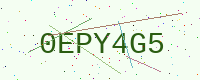
Text: 0EPY4G5